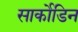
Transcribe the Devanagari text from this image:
सार्कोडिन